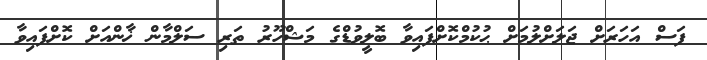
ފަސް އަހަރަށް ޖަލަށްލުމަށް ޙުކުމްކޮށްފައިވާ ބޮލީވުޑްގެ މަޝްހޫރު ތަރި ސަލްމާން ޚާންއަށް ކޮށްފައިވާ